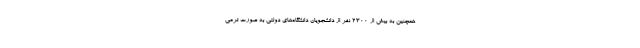
همچنین به بیش از ۲۳۰۰ نفر از دانشجویان دانشگاه‌های دولتی به صورت ترمی